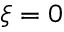
\xi = 0